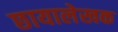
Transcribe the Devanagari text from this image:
छायालेखक